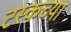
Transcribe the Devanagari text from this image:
टस्कच्या